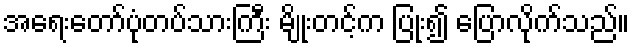
အရေးတော်ပုံတပ်သားကြီး မျိုးတင့်က ပြုံး၍ ပြောလိုက်သည်။